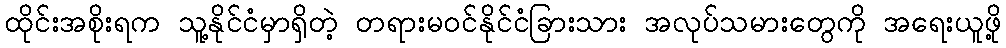
ထိုင်းအစိုးရက သူ့နိုင်ငံမှာရှိတဲ့ တရားမဝင်နိုင်ငံခြားသား အလုပ်သမားတွေကို အရေးယူဖို့